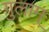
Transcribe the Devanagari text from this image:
गुलाम्